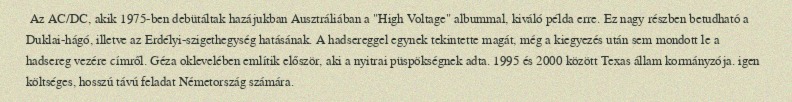
Az AC/DC, akik 1975-ben debütáltak hazájukban Ausztráliában a "High Voltage" albummal, kiváló példa erre. Ez nagy részben betudható a Duklai-hágó, illetve az Erdélyi-szigethegység hatásának. A hadsereggel egynek tekintette magát, még a kiegyezés után sem mondott le a hadsereg vezére címről. Géza oklevelében említik először, aki a nyitrai püspökségnek adta. 1995 és 2000 között Texas állam kormányzója. igen költséges, hosszú távú feladat Németország számára.